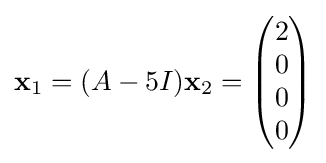
\mathbf {x} _{1}=(A-5I)\mathbf {x} _{2}={\begin{pmatrix}2\\0\\0\\0\end{pmatrix}}